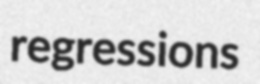
regressions